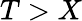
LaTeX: T>X